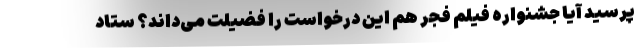
پرسید آیا جشنواره فیلم فجر هم این درخواست را فضیلت می‌داند؟ ستاد